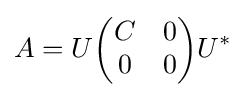
A=U{\begin{pmatrix}C&0\\0&0\end{pmatrix}}U^{*}